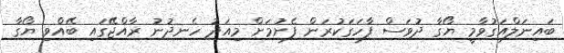
ބައިނަލްއަގުވާމީ ޔޯގާ ދުވަސް ފާހަގަކުރަން ފެށުމަށް މިއަދު ހެނދުނު ރާއްޖޭގައި ބޭއްވި ޔޯގާ